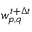
w _ { p , q } ^ { t + \Delta t }